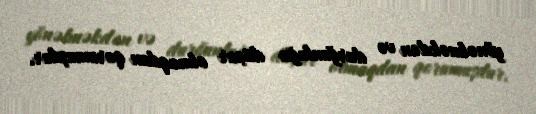
yönəlməkdən və durğunluğa düçar olmaqdan qorumuşdur.